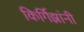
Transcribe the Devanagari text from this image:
किर्गिझांनी